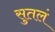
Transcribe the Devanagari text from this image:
सुतलं